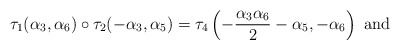
\begin{align*}\tau_1(\alpha_3,\alpha_6) \circ \tau_2(-\alpha_3,\alpha_5) = \tau_{4}\left(-\frac{\alpha_{3}\alpha_{6}}{2}-\alpha_{5},-\alpha_{6}\right) \ {\rm and }\end{align*}